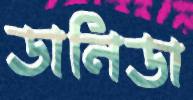
ডানিডা